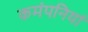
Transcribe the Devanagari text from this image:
कमंपनियां